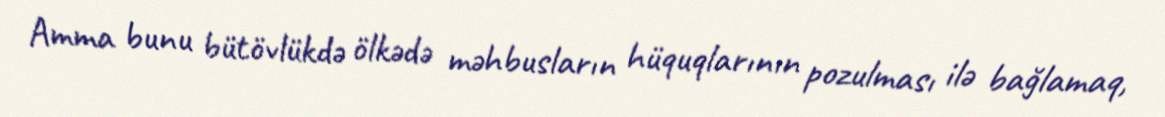
Amma bunu bütövlükdə ölkədə məhbusların hüquqlarının pozulması ilə bağlamaq,